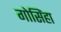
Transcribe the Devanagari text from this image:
गोसिंहा